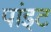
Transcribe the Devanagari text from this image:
पांइट